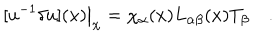
LaTeX: [ u ^ { - 1 } \delta u ] ( x ) \big | _ { \chi } = { \chi _ { \alpha } ( x ) } L _ { \alpha \beta } ( x ) T _ { \beta } \quad .